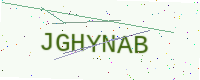
Text: JGHYNAB